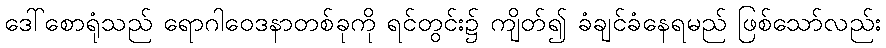
ဒေါ်စောရုံသည် ရောဂါဝေဒနာတစ်ခုကို ရင်တွင်း၌ ကျိတ်၍ ခံချင်ခံနေရမည် ဖြစ်သော်လည်း